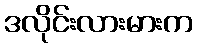
ဒလိုင်းလားမားက